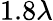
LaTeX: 1.8\lambda